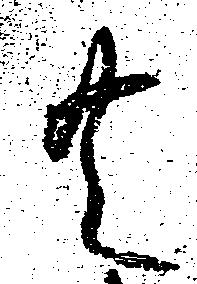
共